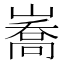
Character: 㠐